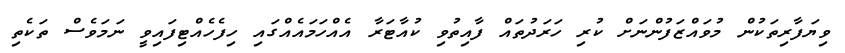
ވިޔަފާރިތަކުން މުވައްޒަފުންނަށް ކުރި ހަރަދުތައް ފާއިތުވި ކުއާޓަރާ އެއްހަމައެއްގައި ހިފެހެއްޓިފައިވީ ނަމަވެސް ތަކެތި